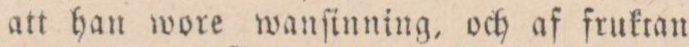
att han wore wanſinning, och af frukran